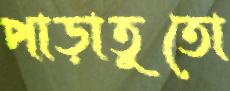
পাড়াতুতো